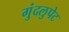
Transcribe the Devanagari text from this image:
गुंदलुपेट